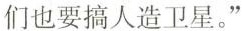
们也要搞人造卫星。”